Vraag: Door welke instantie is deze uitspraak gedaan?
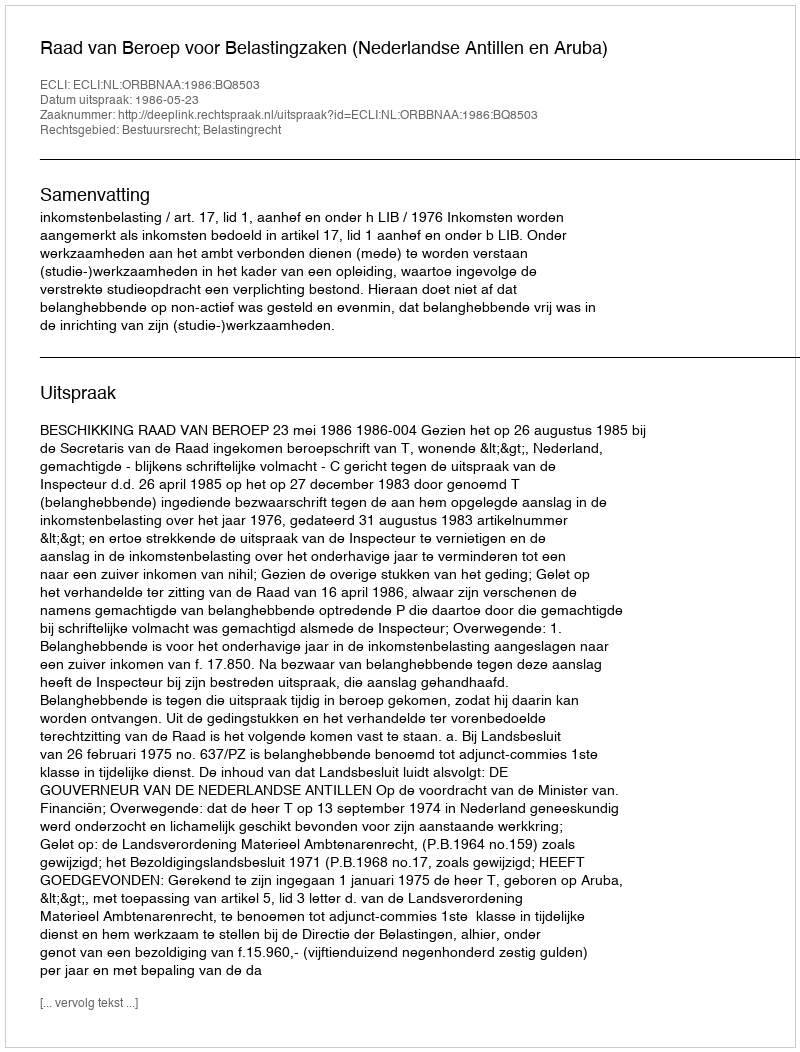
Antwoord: Raad van Beroep voor Belastingzaken (Nederlandse Antillen en Aruba)